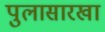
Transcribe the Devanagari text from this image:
पुलासारखा